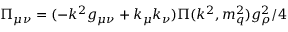
\Pi _ { \mu \nu } = ( - k ^ { 2 } g _ { \mu \nu } + k _ { \mu } k _ { \nu } ) \Pi ( k ^ { 2 } , m _ { q } ^ { 2 } ) g _ { \rho } ^ { 2 } / 4